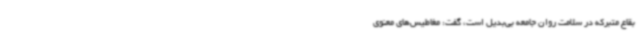
بقاع متبرکه در سلامت روان جامعه بی‌بدیل است، گفت: مغاطیس‌های معنوی